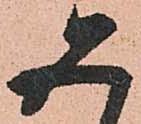
五